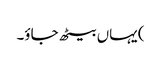
) یہاں بیٹھ جاؤ۔